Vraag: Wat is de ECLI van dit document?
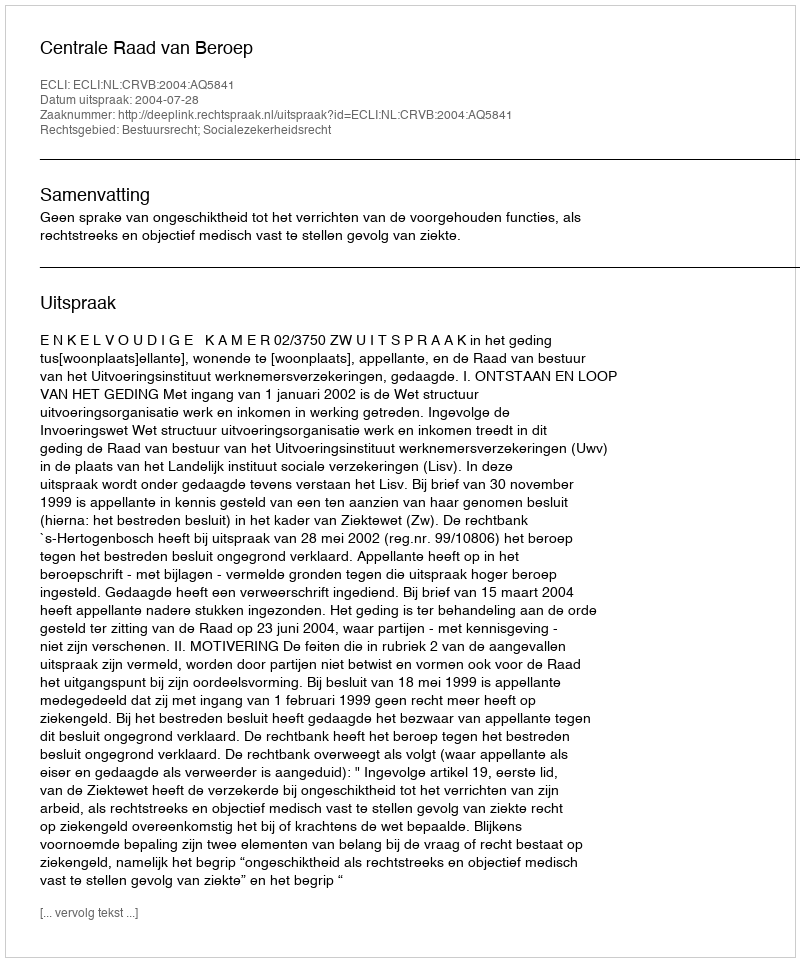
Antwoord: ECLI:NL:CRVB:2004:AQ5841